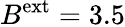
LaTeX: B^{\mathrm{ext}}=3.5